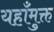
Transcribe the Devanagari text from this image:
यहाँमुक्त